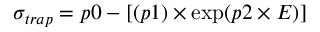
\sigma _ { t r a p } = p 0 - [ ( p 1 ) \times \exp ( p 2 \times E ) ]